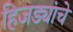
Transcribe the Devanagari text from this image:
हिजड्यांचे